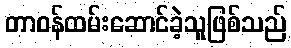
တာဝန်ထမ်းဆောင်ခဲ့သူဖြစ်သည်